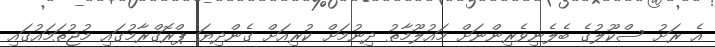
އެ ރަށު ސްކޫލުގެ ބެލެނިވެރިންނަށް މައުލޫމާތު ދިނުމަށް ކުރިއަށް ގެންދިޔަ ޕްރޮގްރާމުގައި މުޖުތަމައުގައި